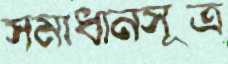
সমাধানসূত্র